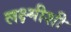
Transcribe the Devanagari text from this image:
लक्ष्मीशी